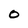
Character: O